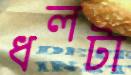
ধলটা